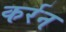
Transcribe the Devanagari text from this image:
कर्रन